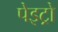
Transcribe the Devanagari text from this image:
पेइट्रो